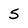
Character: 5